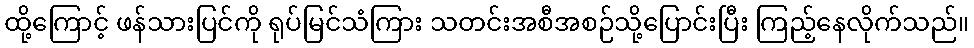
ထို့ကြောင့် ဖန်သားပြင်ကို ရုပ်မြင်သံကြား သတင်းအစီအစဉ်သို့ပြောင်းပြီး ကြည့်နေလိုက်သည်။